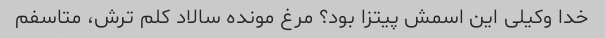
خدا وکیلی این اسمش پیتزا بود؟ مرغ مونده سالاد کلم ترش، متاسفم